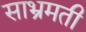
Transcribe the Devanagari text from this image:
साभ्रमती